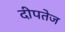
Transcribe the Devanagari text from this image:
दीपतेज